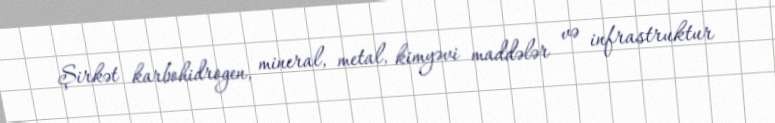
Şirkət karbohidrogen, mineral, metal, kimyəvi maddələr və infrastruktur